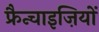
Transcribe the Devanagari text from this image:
फ्रैन्चाइज़ियों